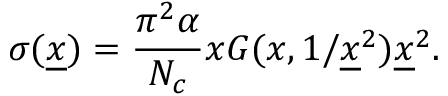
\sigma ( { \underline { { x } } } ) = { \frac { \pi ^ { 2 } \alpha } { N _ { c } } } x G ( x , 1 / { \underline { { x } } } ^ { 2 } ) { \underline { { x } } } ^ { 2 } .